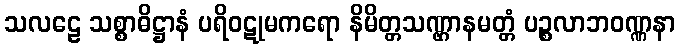
သလဠေ သစ္စာဓိဋ္ဌာနံ ပရိဝဋုမကရော နိမိတ္တသဏ္ဌာနမတ္တံ ပဉ္စလာဘဝဏ္ဏနာ